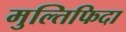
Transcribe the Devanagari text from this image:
मुल्तिफिदा